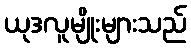
ယုဒလူမျိုးများသည်